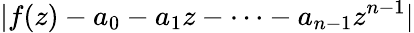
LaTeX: |f(z)-a_{0}-a_{1}z-\cdots-a_{n-1}z^{n-1}|